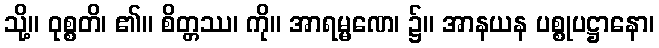
သို့။ ဝုစ္စတိ၊ ၏။ စိတ္တဿ၊ ကို။ အာရမ္မဏေ၊ ၌။ အာနယန ပစ္စုပဋ္ဌာနော၊